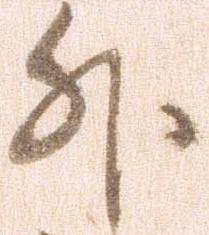
外